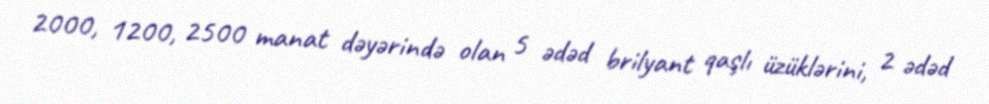
2000, 1200, 2500 manat dəyərində olan 5 ədəd brilyant qaşlı üzüklərini, 2 ədəd